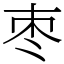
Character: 枣